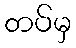
တပ်မှ